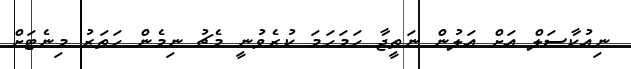
ނިއުކާސަލް އަށް އަލުން ނަތީޖާ ހަމަހަމަ ކުރެވުނީ މެޗު ނިމެން ހަތަރު މިނެޓަށް